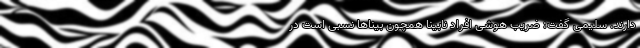
دارند. سلیمی گفت: ضریب هوشی افراد نابینا همچون بیناها نسبی است در